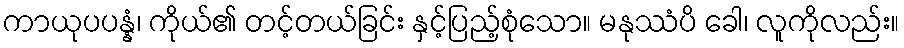
ကာယုပပန္နံ၊ ကိုယ်၏ တင့်တယ်ခြင်း နှင့်ပြည့်စုံသော။ မနုဿံပိ ခေါ၊ လူကိုလည်း။